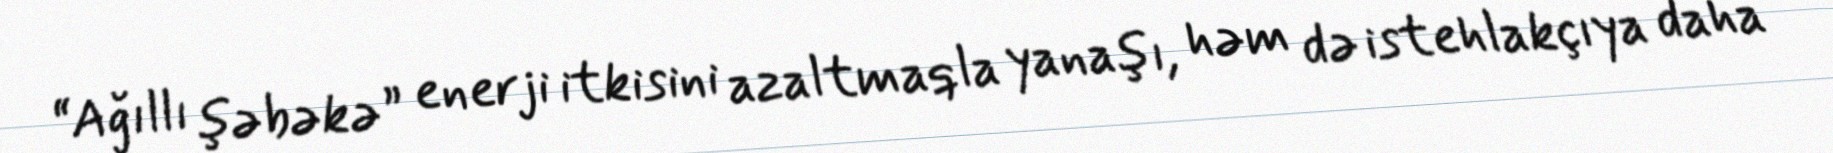
“Ağıllı şəbəkə” enerji itkisini azaltmaqla yanaşı, həm də istehlakçıya daha